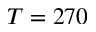
T = 2 7 0